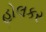
હોલકર